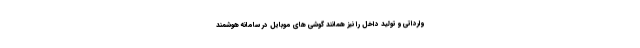
وارداتی و تولید داخل را نیز همانند گوشی های موبایل در سامانه هوشمند